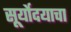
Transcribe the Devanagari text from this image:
सूर्योदयाचा